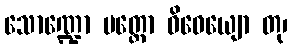
သောဏ္ဍော မတ္တော ဝိဓေယျော တု၊